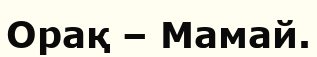
Орақ – Мамай.